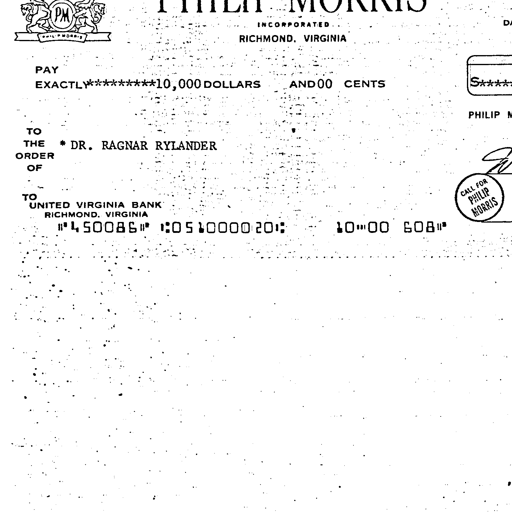
PM
PHILIP MORRIS
INCORPORATED
RICHMOND, VIRGINIA
PAY
EXACTLY*********10,000 DOLLARS AND 00 CENTS
TO
THE * DR. RAGNAR RYLANDER
ORDER
OF
TO
UNITED VIRGINIA BANK
RICHMOND, VIRGINIA
"450086" :051000020:
10"00 608"
PHILIP
CALL FOR
PHILIP
MORRIS S